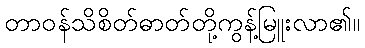
တာဝန်သိစိတ်ဓာတ်တို့ကွန့်မြူးလာ၏။